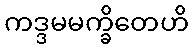
ကဒ္ဒမမက္ခိတေဟိ